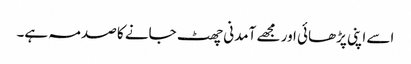
اسے اپنی پڑھائی اور مجھے آمدنی چھٹ جانے کا صدمہ ہے۔